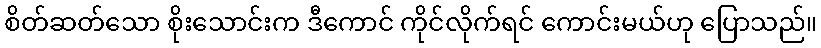
စိတ်ဆတ်သော စိုးသောင်းက ဒီကောင် ကိုင်လိုက်ရင် ကောင်းမယ်ဟု ပြောသည်။